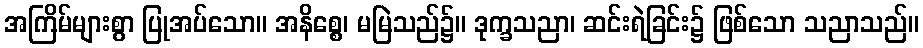
အကြိမ်များစွာ ပြုအပ်သော။ အနိစ္စေ၊ မမြဲသည်၌။ ဒုက္ခသညာ၊ ဆင်းရဲခြင်း၌ ဖြစ်သော သညာသည်။